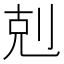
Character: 剋